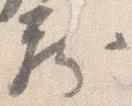
蔵